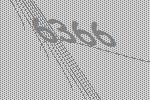
6366